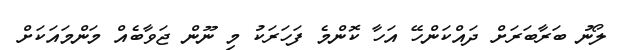
ލޯނު ބަރާބަރަށް ދައްކަންހޭ އަހާ ކޮންމެ ފަހަރަކު މި ނޫން ޖަވާބެއް މަންމައަކަށް